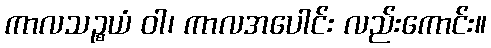
ကာလသဉ္စယံ ဝါ၊ ကာလအပေါင်း လည်းကောင်း။